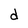
Character: d